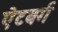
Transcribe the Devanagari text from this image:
ऐटबर्ग